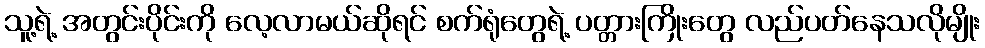
သူ့ရဲ့ အတွင်းပိုင်းကို လေ့လာမယ်ဆိုရင် စက်ရုံတွေရဲ့ ပတ္တားကြိုးတွေ လည်ပတ်နေသလိုမျိုး